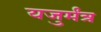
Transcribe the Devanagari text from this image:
यजुर्मंत्र